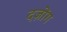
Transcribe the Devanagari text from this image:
दज़ोंग